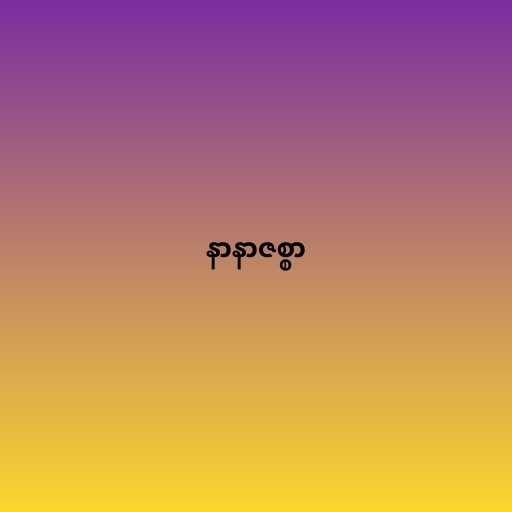
နာနာဇစ္စာ